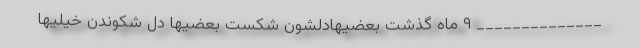
______________ ۹ ماه گذشت بعضیهادلشون شکست بعضیها دل شکوندن خیلیها